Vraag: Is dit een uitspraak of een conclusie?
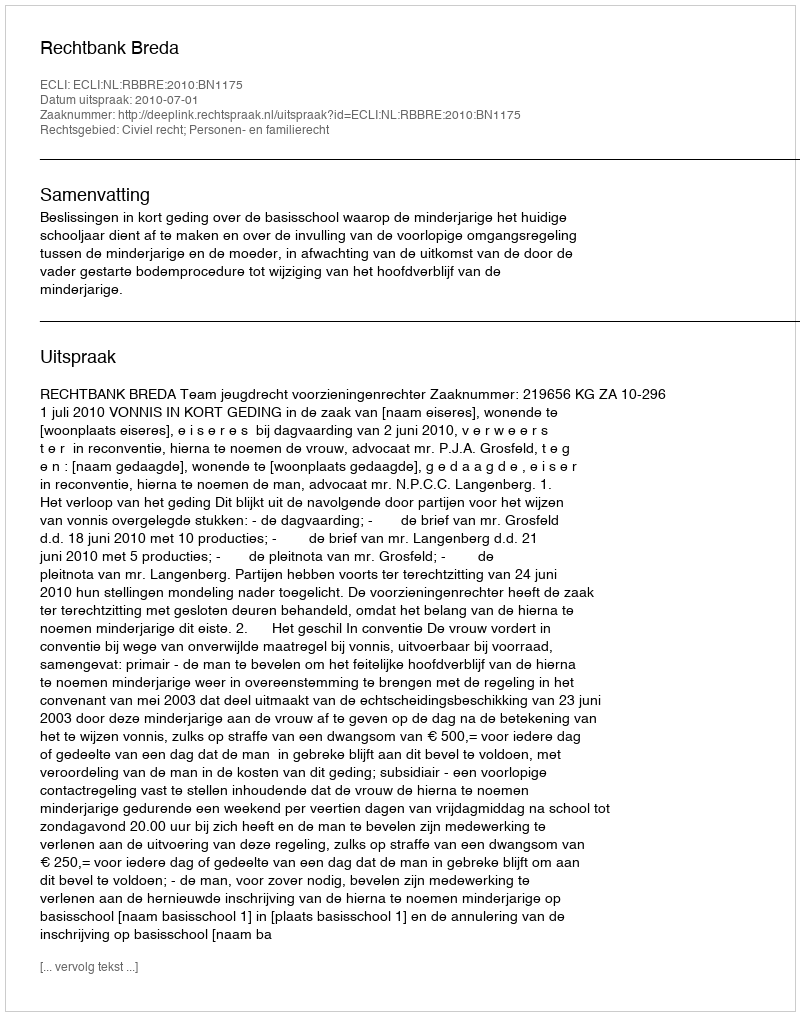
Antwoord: Uitspraak